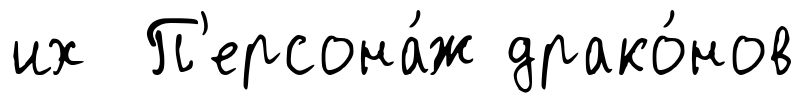
их П'ерсона́ж драко́нов